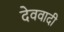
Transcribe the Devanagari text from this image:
देववादी